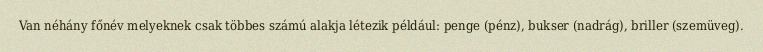
Van néhány főnév melyeknek csak többes számú alakja létezik például: penge (pénz), bukser (nadrág), briller (szemüveg).